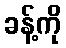
ခန့်ကို